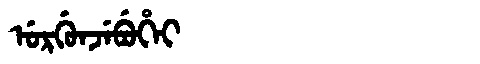
Manchu: ᡠᡵᡤᡠᠨᠵᡝᠪᡠᡥᡝᡳ
Romanization: URGUNJEBUHEI